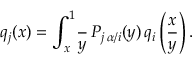
q _ { j } ( x ) = \int _ { x } ^ { 1 } \! \frac { \d y } { y } \, P _ { j \, \alpha / i } ( y ) \, q _ { i } \left( \frac { x } { y } \right) .